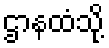
ဌာနထံသို့